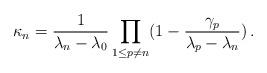
LaTeX: \begin{align*}\kappa_n = \frac{1}{\lambda_n - \lambda_0} \prod_{1\leq p \ne n} (1 - \frac{\gamma_p}{\lambda_p - \lambda_n}) \, .\end{align*}